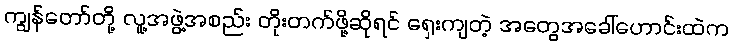
ကျွန်တော်တို့ လူ့အဖွဲ့အစည်း တိုးတက်ဖို့ဆိုရင် ရှေးကျတဲ့ အတွေအခေါ်ဟောင်းထဲက